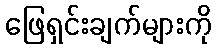
ဖြေရှင်းချက်များကို